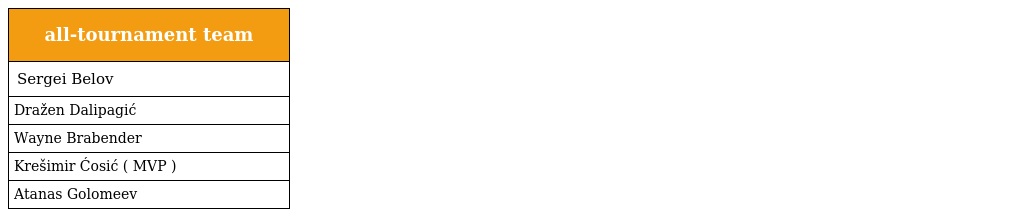
| all-tournament team |
 | --- |
 | Sergei Belov |
 | Dražen Dalipagić |
 | Wayne Brabender |
 | Krešimir Ćosić ( MVP ) |
 | Atanas Golomeev |